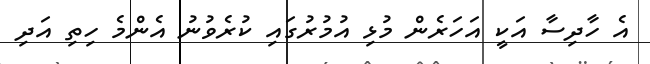
އެ ހާދިސާ އަކީ އަހަރެން މުޅި އުމުރުގައި ކުރެވުނު އެންމެ ހިތި އަދި